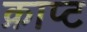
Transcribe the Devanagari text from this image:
क्राप्ट